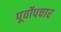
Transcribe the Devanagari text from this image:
पूर्वोपचार